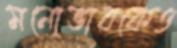
মনোভাবকেও